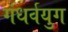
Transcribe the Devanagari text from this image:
गंधर्वयुग